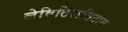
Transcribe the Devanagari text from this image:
लेविटिरासिटाम